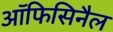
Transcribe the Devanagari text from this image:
ऑफिसिनैल